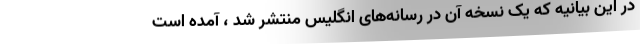
در این بیانیه که یک نسخه آن در رسانه‌های انگلیس منتشر شد ، آمده است